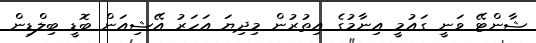
ޝާންޓޭ ވަނީ ގައުމީ އިނާމުގެ އިތުރުން މިދިޔަ އަހަރު އޭޝިއަން ބޮޑީ ބިލްޑިން